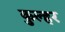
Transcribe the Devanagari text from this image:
कुल्हर